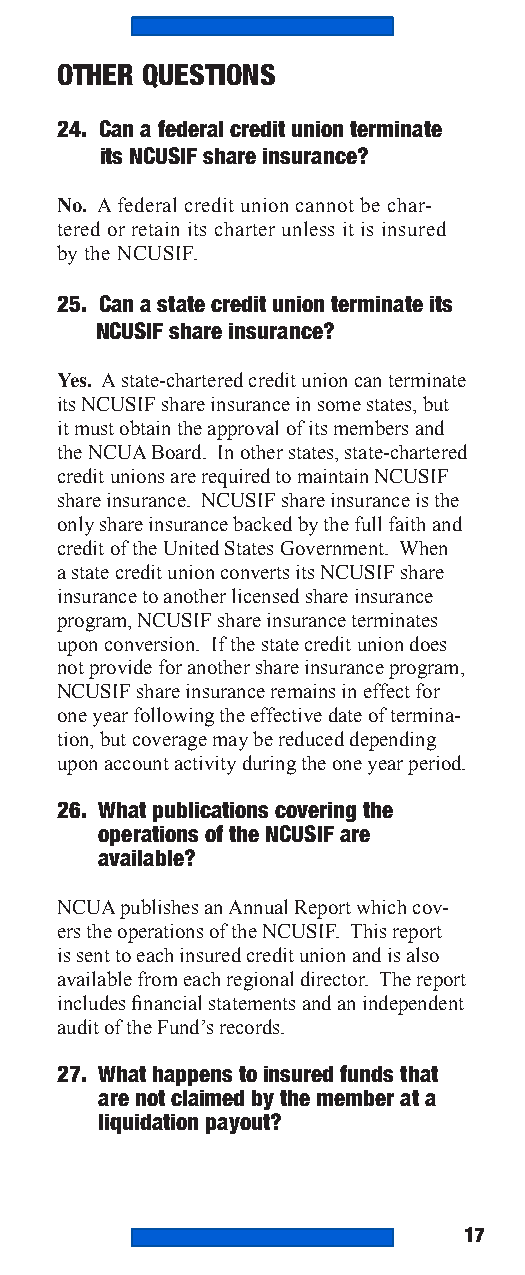
OTHER QUESTIONS
 24. Can a federal credit union terminate
 its NCUSIF share insurance?
 No. A federal credit union cannot be char-
 tered or retain its charter unless it is insured
 by the NCUSIF.
 25. Can a state credit union terminate its
 NCUSIF share insurance?
 Yes. A state-chartered credit union can terminate
 its NCUSIF share insurance in some states, but
 it must obtain the approval of its members and
 the NCUA Board. In other states, state-chartered
 credit unions are required to maintain NCUSIF
 share insurance. NCUSIF share insurance is the
 only share insurance backed by the full faith and
 credit of the United States Government. When
 a state credit union converts its NCUSIF share
 insurance to another licensed share insurance
 program, NCUSIF share insurance terminates
 upon conversion. If the state credit union does
 not provide for another share insurance program,
 NCUSIF share insurance remains in effect for
 one year following the effective date of termina-
 tion, but coverage may be reduced depending
 upon account activity during the one year period.
 26. What publications covering the
 operations of the NCUSIF are
 available?
 NCUA publishes an Annual Report which cov-
 ers the operations of the NCUSIF. This report
 is sent to each insured credit union and is also
 available from each regional director. The report
 includes financial statements and an independent
 audit of the Fund’s records.
 27. What happens to insured funds that
 are not claimed by the member at a
 liquidation payout?
 17